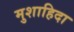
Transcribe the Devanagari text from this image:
मुशाहिदा